Indian journal of veterinary science and animal husbandry - Volumes 28-29, 1958-1959
Year: 1958
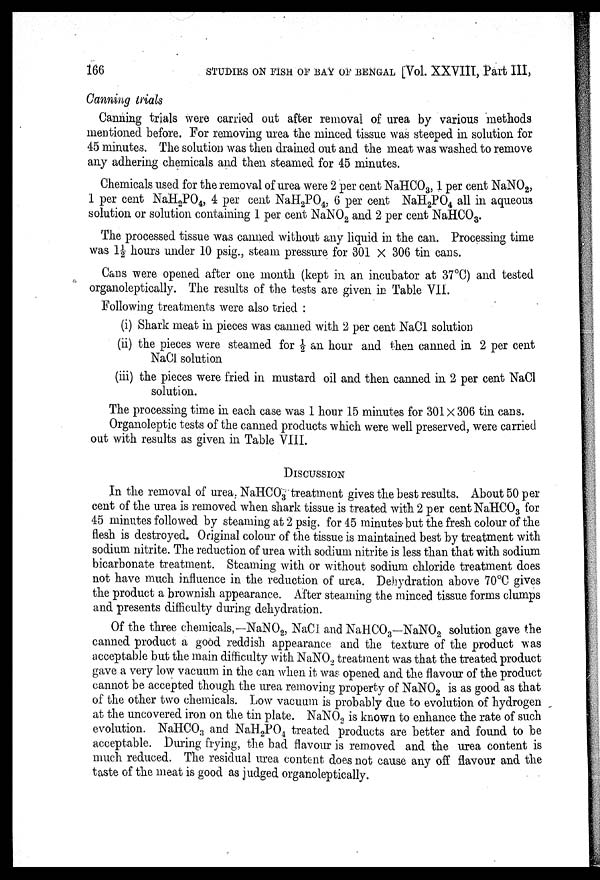
166
STUDIES ON FISH OF BAY OF BENGAL [Vol. XXVIII, Part III,
Canning trials
Canning trials were carried out after removal of urea by various methods
mentioned before. For removing urea the minced tissue was steeped in solution for
45 minutes. The solution was then drained out and the meat was washed to remove
any adhering chemicals and then steamed for 45 minutes.
Chemicals used for the removal of urea were 2 per cent NaHCO 3 , 1 per cent NaNO 2 ,
1 per cent NaH 2 PO 4 , 4 per cent NaH 2 PO 4 , 6 per cent NaH 2 PO 4 all in aqueous
solution or solution containing 1 per cent NaNO 2 and 2 per cent NaHCO 3 .
The processed tissue was canned without any liquid in the can. Processing time
was 1½ hours under 10 psig., steam pressure for 301 X 306 tin cans.
Cans were opened after one month (kept in an incubator at 37°C) and tested
organoleptically. The results of the tests are given in Table VII.
Following treatments were also tried :
(i) Shark meat in pieces was canned with 2 per cent NaCl solution
(ii) the pieces were steamed for ½ an hour and then canned in 2 per cent
NaCl solution
(iii) the pieces were fried in mustard oil and then canned in 2 per cent NaCl
solution.
The processing time in each case was 1 hour 15 minutes for 301×306 tin cans.
Organoleptic tests of the canned products which were well preserved, were carried
out with results as given in Table VIII.
DISCUSSION
In the removal of urea. NaHCO 3 treatment gives the best results. About 50 per
cent of the urea is removed when shark tissue is treated with 2 per cent NaHCO 3 for
45 minutes followed by steaming at 2 psig. for 45 minutes but the fresh colour of the
flesh is destroyed. Original colour of the tissue is maintained best by treatment with
sodium nitrite. The reduction of urea with sodium nitrite is less than that with sodium
bicarbonate treatment. Steaming with or without sodium chloride treatment does
not have much influence in the reduction of urea. Dehydration above 70°C gives
the product a brownish appearance. After steaming the minced tissue forms clumps
and presents difficulty during dehydration.
Of the three chemicals,-NaNO 2 , NaCl and NaHCO 3 -NaNO 2 solution gave the
canned product a good reddish appearance and the texture of the product was
acceptable but the main difficulty with NaNO 2 treatment was that the treated product
gave a very low vacuum in the can when it was opened and the flavour of the product
cannot be accepted though the urea removing property of NaNO 2 is as good as that
of the other two chemicals. Low vacuum is probably due to evolution of hydrogen
at the uncovered iron on the tin plate. NaNO 2 is known to enhance the rate of such
evolution. NaHCO 3 and NaH 2 PO 4 treated products are better and found to be
acceptable. During frying, the bad flavour is removed and the urea content is
much reduced. The residual urea content does not cause any off flavour and the
taste of the meat is good as judged organoleptically.